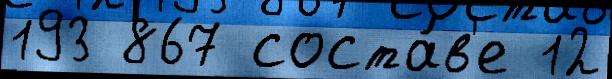
193 867 соста́в'е 12